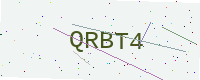
Text: QRBT4